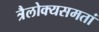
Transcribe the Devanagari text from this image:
त्रैलोक्यसमतां